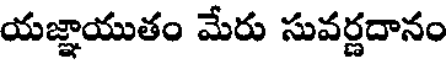
యజ్ఞాయుతం మేరు సువర్ణదానం